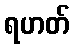
ရဟတ်